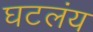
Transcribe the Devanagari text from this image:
घटलंय